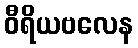
ဝီရိယဗလေန